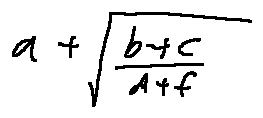
a + \sqrt { \frac { b + c } { d + f } }